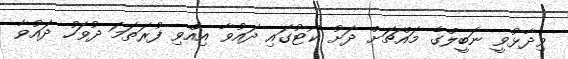
ވިދާޅުވީ ނަބީލްގެ މައްޗަށް ދަށު ކޯޓުގައި ދައުވާ އިއްވި ފުރަތަމަ ދުވަހު ދައުވާ